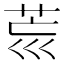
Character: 𦮋